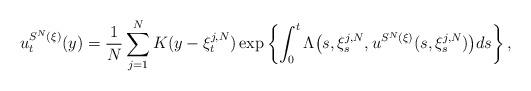
LaTeX: \begin{align*} u^{S^N(\mathbf{\xi})}_t(y)= \displaystyle \frac{1}{N}\sum_{j=1}^N K(y-\xi^{j,N}_t) \exp \left \{\int_0^t\Lambda \big (s,\xi^{j,N}_s,u^{S^N(\mathbf{\xi})} (s,\xi^{j,N}_s) \big ) ds\right \}, \end{align*}